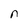
Character: n